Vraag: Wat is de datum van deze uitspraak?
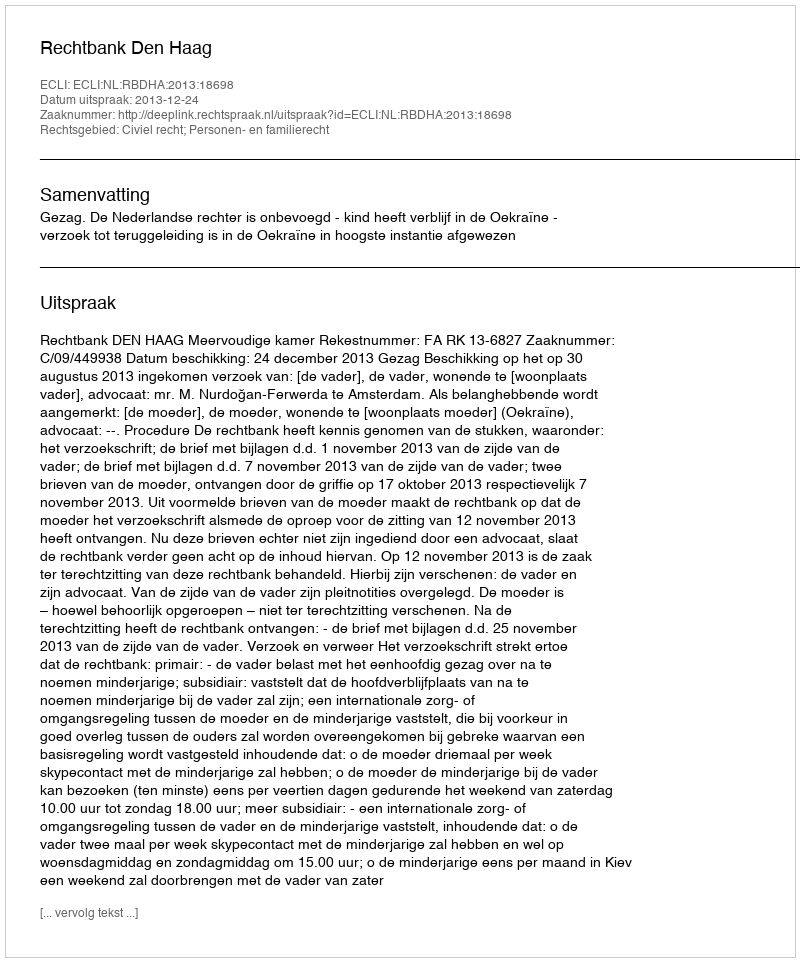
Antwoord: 2013-12-24